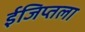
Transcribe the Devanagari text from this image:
ईजिप्तला